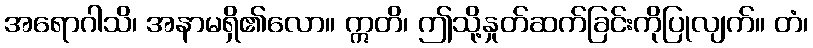
အရောဂါသိ၊ အနာမရှိ၏လော။ ဣတိ၊ ဤသို့နှုတ်ဆက်ခြင်းကိုပြုလျက်။ တံ၊